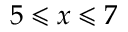
5 \leqslant x \leqslant 7